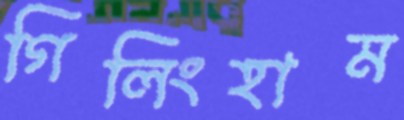
গিলিংহাম